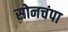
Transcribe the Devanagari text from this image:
सोनचंपा